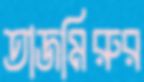
তাজমিরুর